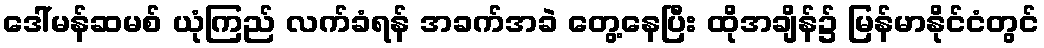
ဒေါ်မန်ဆမစ် ယုံကြည် လက်ခံရန် အခက်အခဲ တွေ့နေပြီး ထိုအချိန်၌ မြန်မာနိုင်ငံတွင်